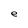
Character: e